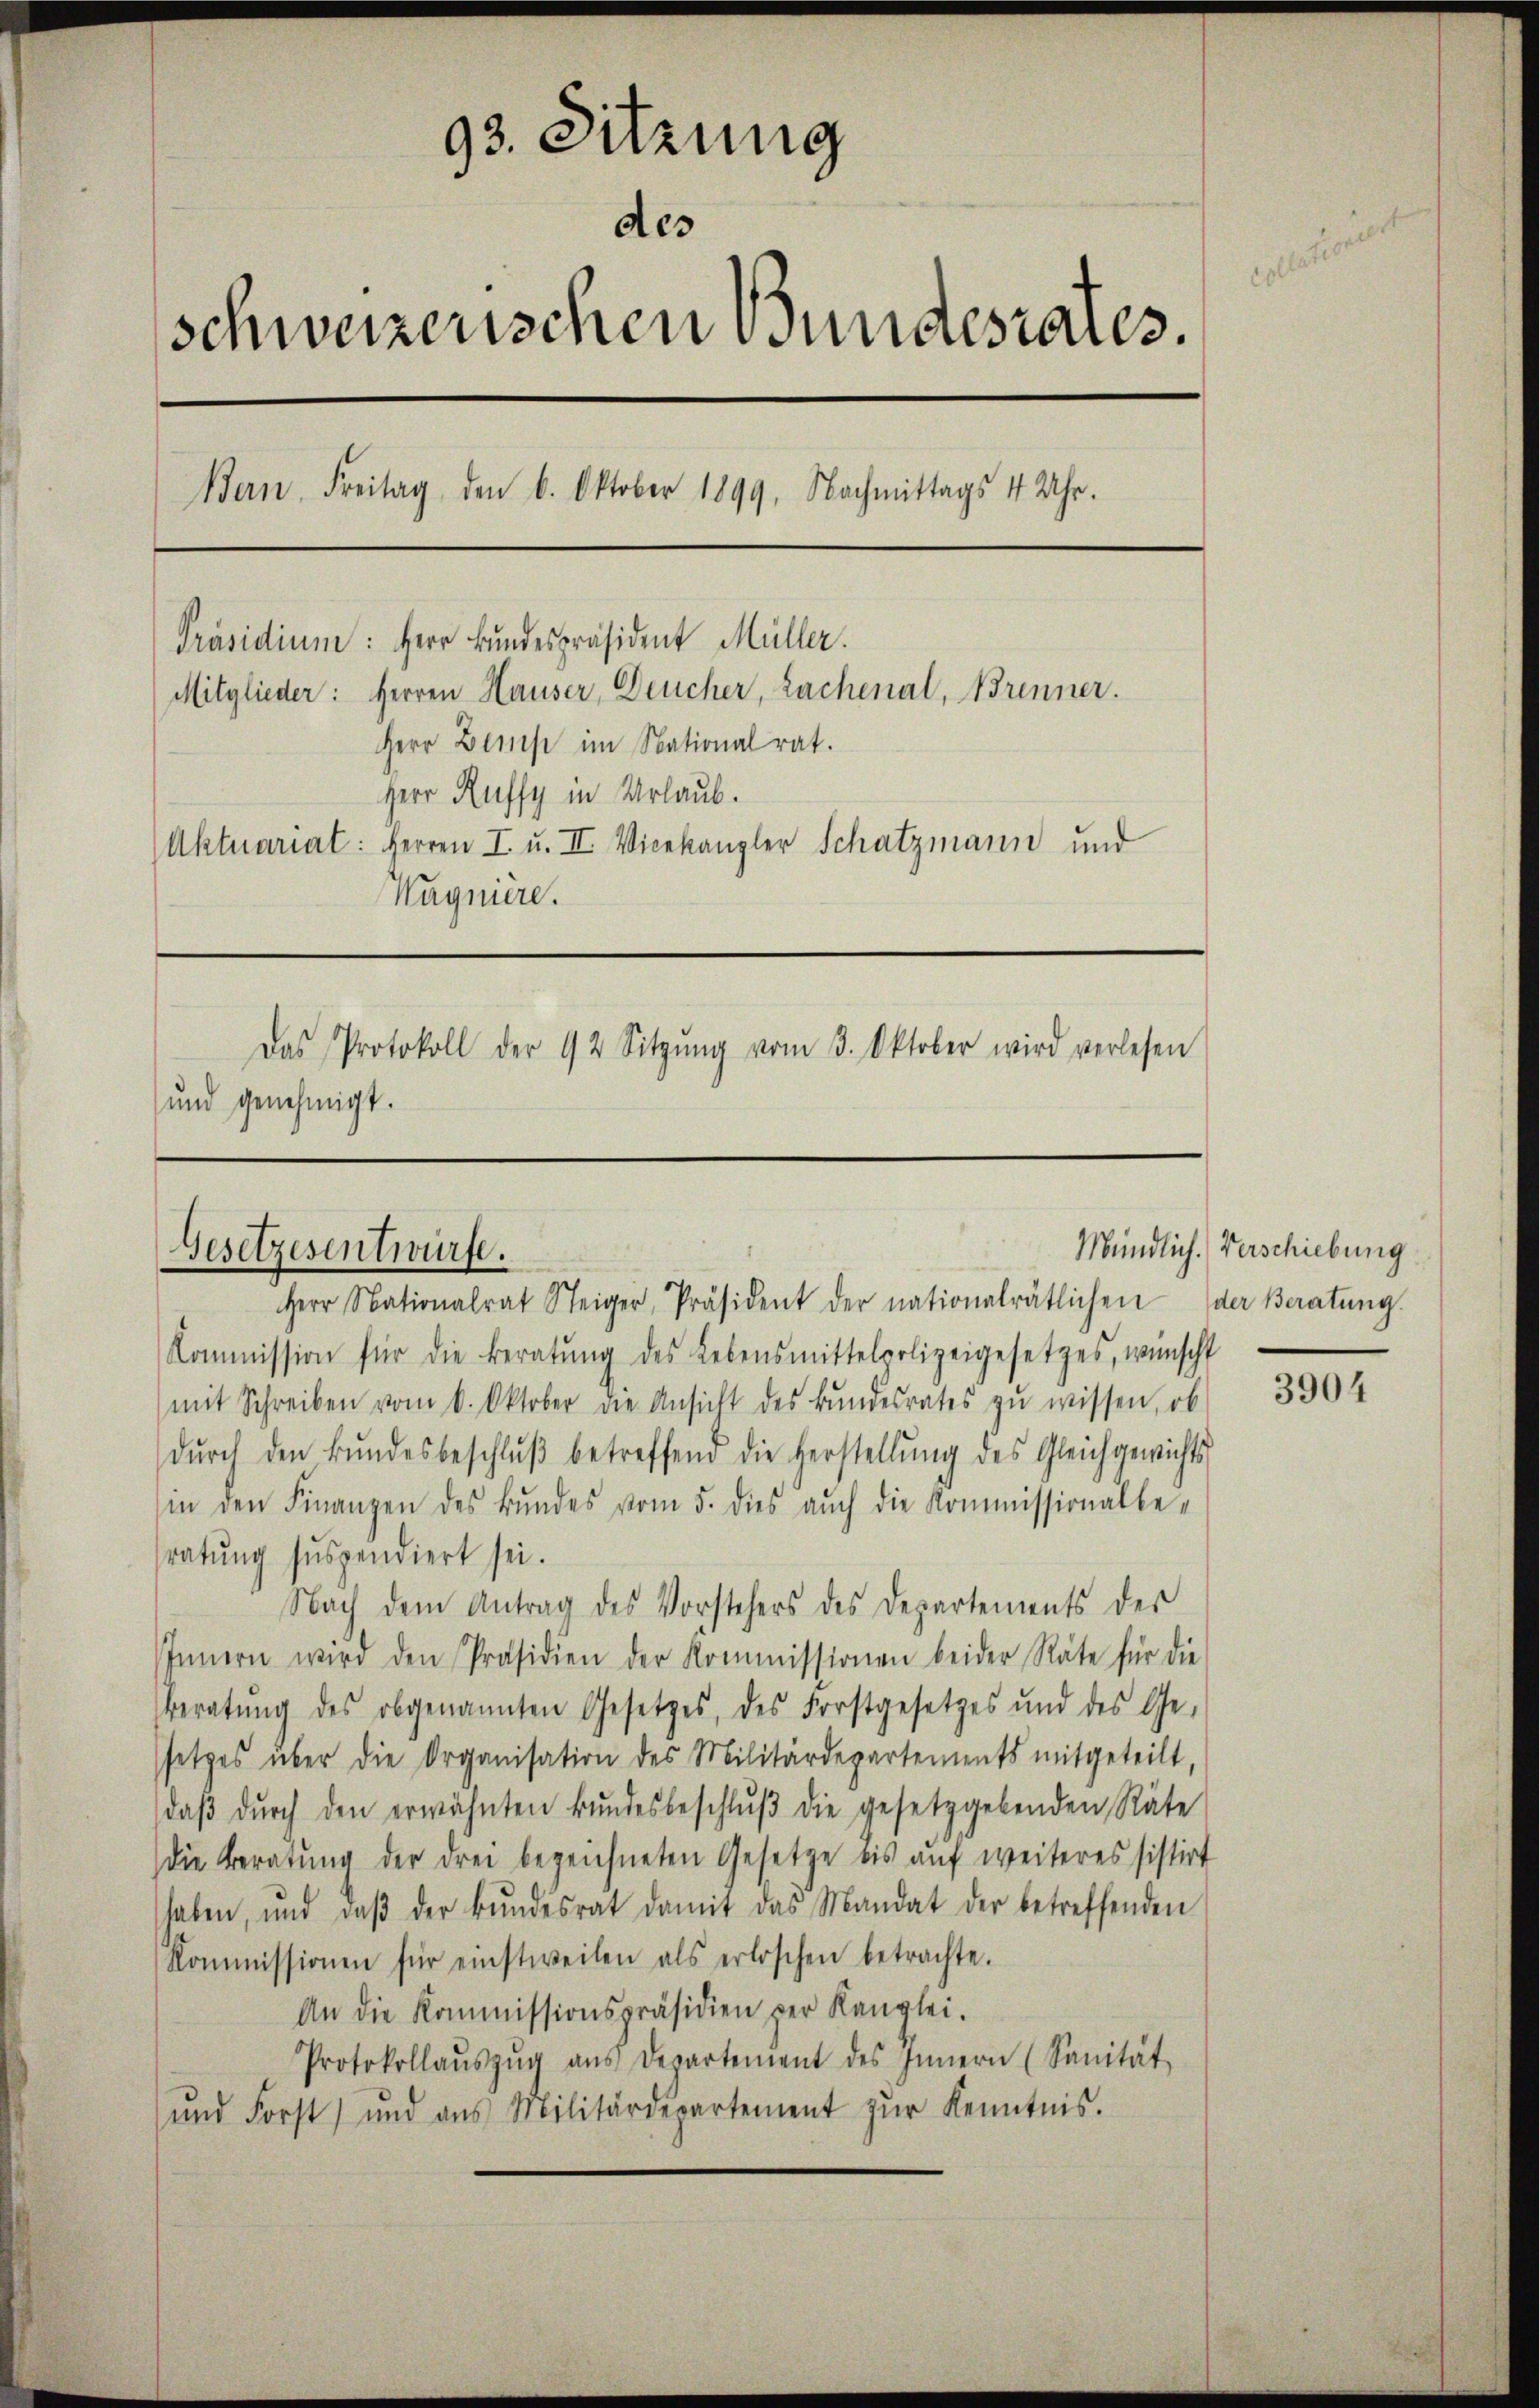
93. Sitzung
des
schweizerischen Bundesrates.
Bern, Freitag, den 6. Oktober 1899. Nachmittags 4 Uhr.
Präsidium: Herr Bundespräsident Müller.
Mitglieder: Herren Hauser, Deucher, Lachenal, Brenner.
Herr Dems im Nationalrat.
Herr Ruffy in Urlaub.
Aktuariat: Herren I. u. II. Vicekanzler Schatzmann und
Wagmere.
Das Protokoll der 92 Sitzŭng vom 3. Oktober wird verlesen
und genehmigt.

Gesetzesentwürfe.

Herr Nationalrat Steiger, Präsident der nationalrätlichen der Beratŭng.
Kommission für die Beratŭng des Lebensmittelpolizeigesetzes, wünscht
mit Schreiben vom 6. Oktober die Ansicht des Bŭndesrates zŭ wissen, ob
dŭrch den Bŭndesbeschlŭβ betreffend die Herstellŭng des Gleichgewichts
in den Finanzen des Bŭndes vom 5. dies aŭch die Kommissionalbe-
ratung suspendiert sei.
Nach dem Antrag des Vorstehers des Departements der
IInnern wird den Präsidien der Kommissionen beider Räte für die
Beratŭng des obgenannten Gesetzes, des Forstgesetzes und des Ge-
setzes über die Organisation des Militärdepartements mitgeteilt,
daβ dŭrch den erwähnten Bŭndesbeschlŭβ die gesetzgebenden Räte
die Beratŭng der drei bezeichneten Gesetze bis aŭf weiteres sistirt
haben, und daβ der Bŭndesrat damit das Mandat der betreffenden
Kommissionen für einstweilen als erloschen betrachte.
An die Kommissionspräsidien per Kanzlei.
Protokollaŭszŭg aŭs Departement des Innern (Sanität
ŭnd Forst) und aus Militärdepartement zŭr Kenntnis.

Mündlich. Verschiebung

3904